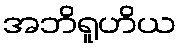
အဘိရူဟိယ